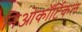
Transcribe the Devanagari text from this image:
निओकॉर्टिकल